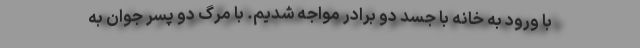
با ورود به خانه با جسد دو برادر مواجه شدیم. با مرگ دو پسر جوان به